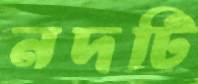
নদটি